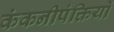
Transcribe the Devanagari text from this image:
कंकनीपंक्तियों